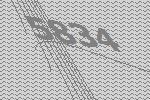
5834